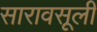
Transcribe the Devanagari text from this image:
सारावसूली